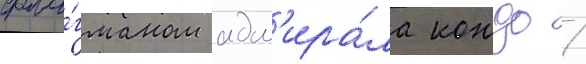
фла́гманом адм'ира́ла кондо /